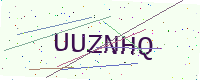
Text: UUZNHQ